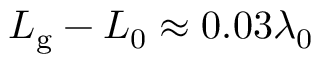
L _ { \mathrm { g } } - L _ { 0 } \approx 0 . 0 3 \lambda _ { 0 }